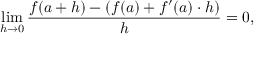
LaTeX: \operatorname* { l i m } _ { h \to 0 } { \frac { f ( a + h ) - ( f ( a ) + f ^ { \prime } ( a ) \cdot h ) } { h } } = 0 ,